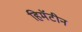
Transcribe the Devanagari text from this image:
हिमॅटीन